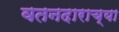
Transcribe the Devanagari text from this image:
वतनदाराच्या